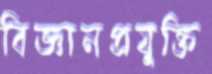
বিজ্ঞানপ্রযুক্তি